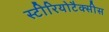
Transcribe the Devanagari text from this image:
स्टीरियोटैक्सीस